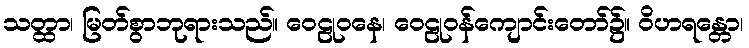
သတ္ထာ၊ မြတ်စွာဘုရားသည်။ ဝေဠုဝနေ၊ ဝေဠုဝန်ကျောင်းတော်၌။ ဝိဟရန္တော၊